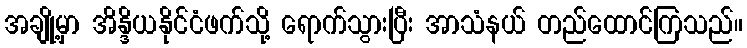
အချို့မှာ အိန္ဒိယနိုင်ငံဖက်သို့ ရောက်သွားပြီး အာသံနယ် တည်ထောင်ကြသည်။